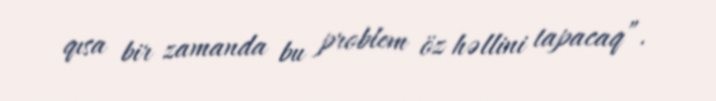
qısa bir zamanda bu problem öz həllini tapacaq”.